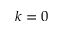
k = 0